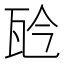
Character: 𤬯